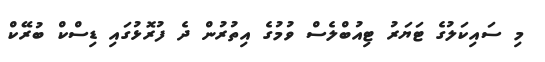
މި ސައިކަލުގެ ޓަޔަރު ޓިއުބްލެސް ވުމުގެ އިތުރުން ދެ ފުރޮޅުގައި ޑިސްކް ބުރޭކް